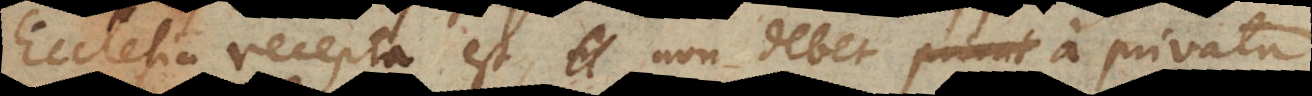
Ecclesia recepta est non debet a privata